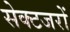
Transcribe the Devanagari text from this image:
सेक्टजरों